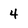
Character: 4